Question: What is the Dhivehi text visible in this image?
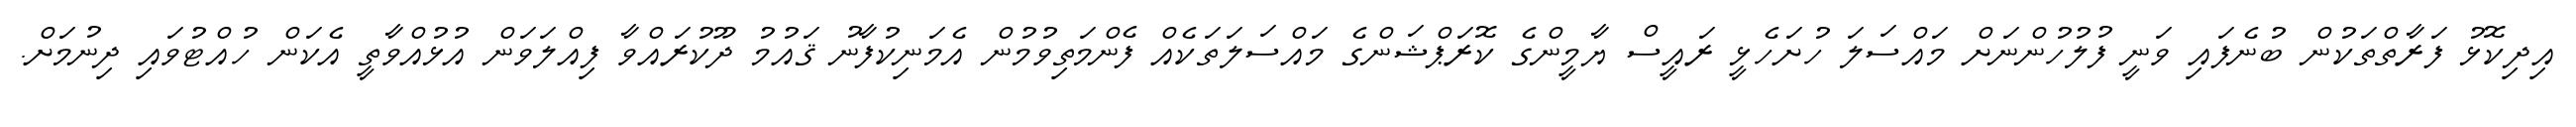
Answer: އިދިކޮޅު ފަރާތްތަކުން ބުނެފައި ވަނީ ފުލުހުންނަށް މައްސަލަ ހުށަހެޅީ ރައީސް ޔާމީންގެ ކޮރަޕްޝަންގެ މައްސަލަތަކެއް ފެންމަތިވުމުން އެމަނިކުފާނު ޤައުމު ދޫކުރައްވާ ފިއްލަވަން އުޅުއްވާތީ އެކަން ހުއްޓުވައި ދިނުމަށް.